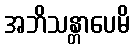
အဘိသန္တာပေမိ